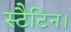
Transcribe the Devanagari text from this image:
स्टैटिन।